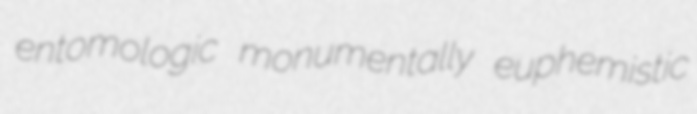
entomologic monumentally euphemistic